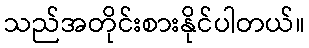
သည်အတိုင်းစားနိုင်ပါတယ်။